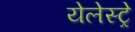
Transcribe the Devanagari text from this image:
येलेस्ट्रे